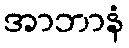
အာဘာနံ